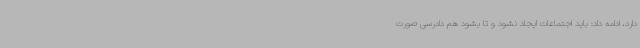
دارد، ادامه داد: باید اجتماعات ایجاد نشود و تا بشود هم دادرسی صورت